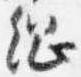
綱